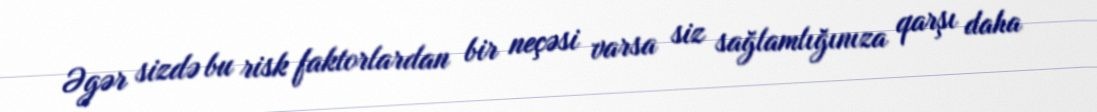
Əgər sizdə bu risk faktorlardan bir neçəsi varsa siz sağlamlığınıza qarşı daha